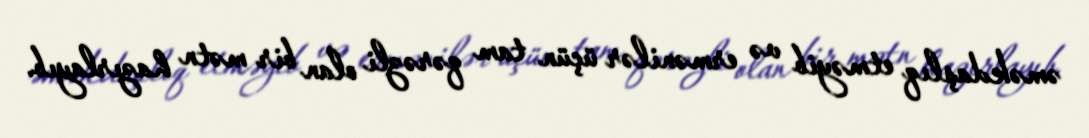
əməkdaşlıq etməyib və ermənilər üçün tam qərəzli olan bir mətn hazırlayıb.